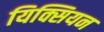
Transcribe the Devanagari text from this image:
यिक्सियन